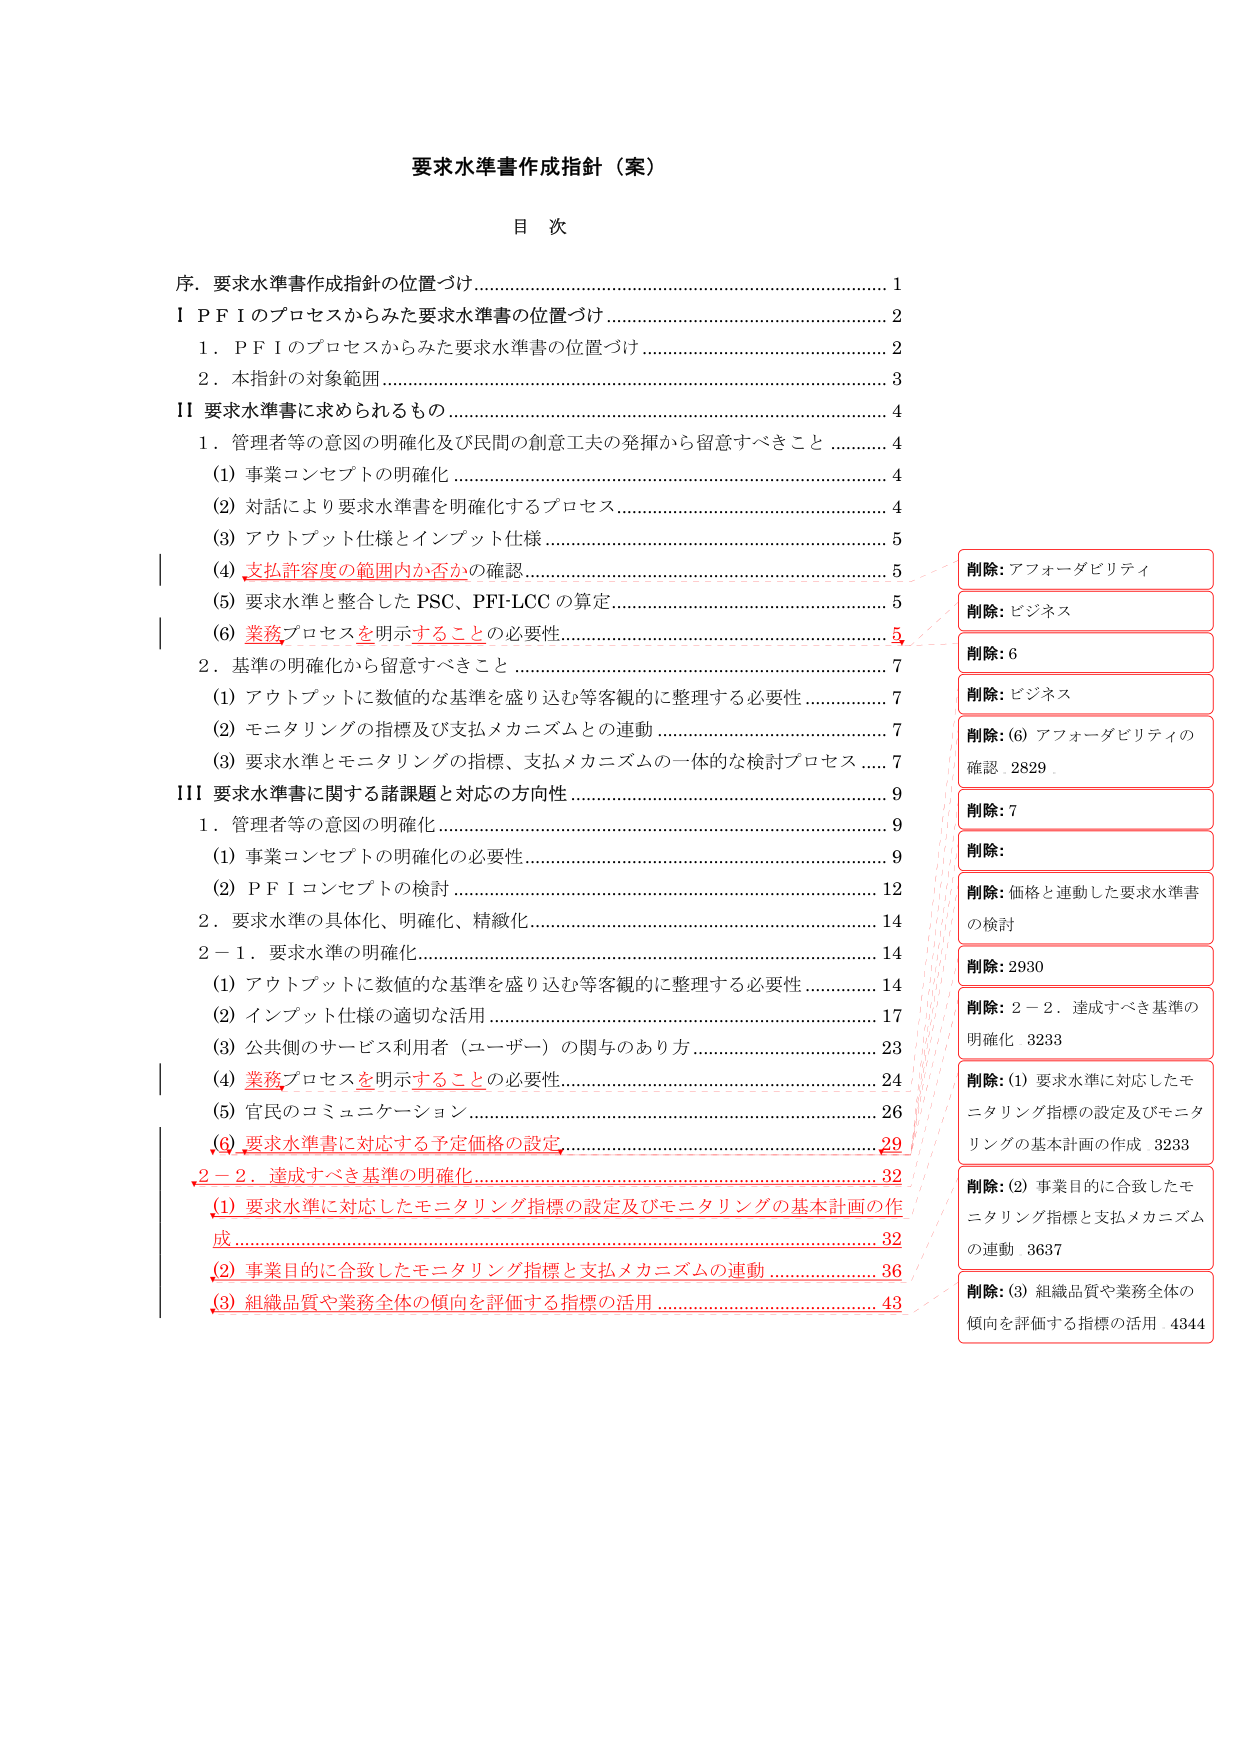
要求水準書作成指針（案）

目 次

序．要求水準書作成指針の位置づけ …………………………………………………… 1
Ⅰ PFIのプロセスからみた要求水準書の位置づけ …………………………………… 2
　1．PFIのプロセスからみた要求水準書の位置づけ ……………………………… 2
　2．本指針の対象範囲 ………………………………………………………………… 3
Ⅱ 要求水準書に求められるもの ……………………………………………………… 4
　1．管理者等の意図の明確化及び民間の創意工夫の発揮から留意すべきこと …… 4
　　(1) 事業コンセプトの明確化 ……………………………………………………… 4
　　(2) 対話により要求水準書を明確化するプロセス ……………………………… 4
　　(3) アウトプット仕様とインプット仕様 ………………………………………… 5
　　(4) 支払許容度の範囲内か否かの確認 …………………………………………… 5
　　(5) 要求水準と整合したPSC、PFI-LCCの算定 …………………………………… 5
　　(6) 業務プロセスを明示することの必要性 ……………………………………… 5
　2．基準の明確化から留意すべきこと ……………………………………………… 7
　　(1) アウトプットに数値的な基準を盛り込む等客観的に整理する必要性 ……… 7
　　(2) モニタリングの指標及び支払メカニズムとの連動 ………………………… 7
　　(3) 要求水準とモニタリングの指標、支払メカニズムの一体的な検討プロセス … 7
Ⅲ 要求水準書に関する諸課題と対応の方向性 ……………………………………… 9
　1．管理者等の意図の明確化 ………………………………………………………… 9
　　(1) 事業コンセプトの明確化の必要性 …………………………………………… 9
　　(2) PFIコンセプトの検討 ………………………………………………………… 12
　2．要求水準の具体化、明確化、精緻化 …………………………………………… 14
　2－1．要求水準の明確化 …………………………………………………………… 14
　　(1) アウトプットに数値的な基準を盛り込む等客観的に整理する必要性 ……… 14
　　(2) インプット仕様の適切な活用 ………………………………………………… 17
　　(3) 公共側のサービス利用者（ユーザー）の関与のあり方 …………………… 23
　　(4) 業務プロセスを明示することの必要性 ……………………………………… 24
　　(5) 官民のコミュニケーション …………………………………………………… 26
　　(6) 要求水準書に対応する予定価格の設定 ……………………………………… 29
　2－2．達成すべき基準の明確化 …………………………………………………… 32
　　(1) 要求水準に対応したモニタリング指標の設定及びモニタリングの基本計画の作成 ………………………………………………………………………… 32
　　(2) 事業目的に合致したモニタリング指標と支払メカニズムの連動 …………… 36
　　(3) 組織品質や業務全体の傾向を評価する指標の活用 ………………………… 43

削除：アフォーダビリティ
削除：ビジネス
削除：6
削除：ビジネス
削除：(6) アフォーダビリティの
確認 2829
削除：7
削除：
削除：価格と連動した要求水準書
の検討
削除：2930
削除：2－2．達成すべき基準の
明確化 3233
削除：(1) 要求水準に対応したモ
ニタリング指標の設定及びモニタ
リングの基本計画の作成 3233
削除：(2) 事業目的に合致したモ
ニタリング指標と支払メカニズム
の連動 3637
削除：(3) 組織品質や業務全体の
傾向を評価する指標の活用 4344